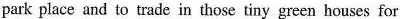
park place and to trade in those tiny green houses for